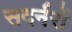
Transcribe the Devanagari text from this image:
सदर्नरों